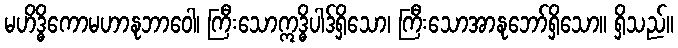
မဟိဒ္ဓိကောမဟာနုဘာဝေါ၊ ကြီးသောဣဒ္ဓိပါဒ်ရှိသော၊ ကြီးသောအာနုဘော်ရှိသော။ ရှိသည်။